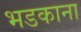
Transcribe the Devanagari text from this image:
भडकाना